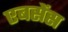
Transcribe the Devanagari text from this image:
एबसेंस